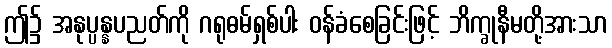
ဤ၌ အနုပ္ပန္နပညတ်ကို ဂရုဓမ်ရှစ်ပါး ဝန်ခံစေခြင်းဖြင့် ဘိက္ခုနီမတို့အားသာ